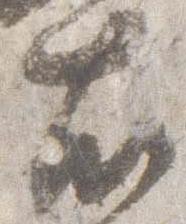
右